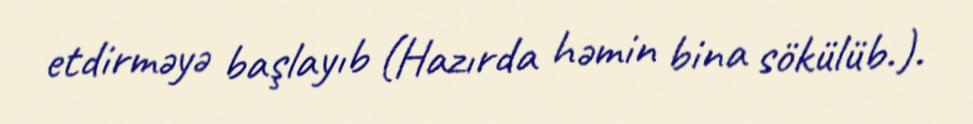
etdirməyə başlayıb (Hazırda həmin bina sökülüb.).